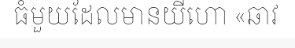
ធំមួយដែលមានយីហោ «ឆាវ